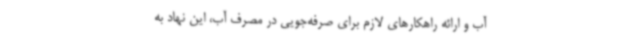
آب و ارائه راهکارهای لازم برای صرفه‌جویی در مصرف آب، این نهاد به